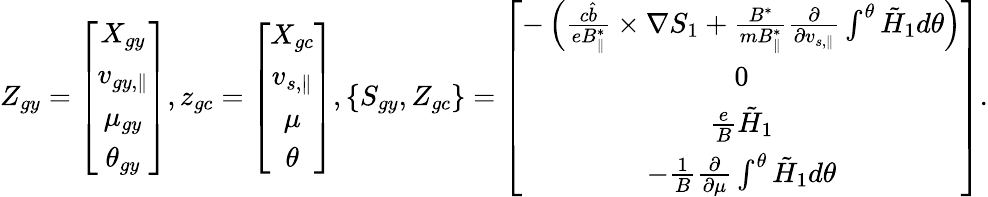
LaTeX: Z_{gy}=\left[\begin{array}{c}{X_{gy}}\\ {v_{gy,\parallel}}\\ {\mu_{gy}}\\ {\theta_{gy}}\end{array}\right],z_{gc}=\left[\begin{array}{c}{X_{gc}}\\ {v_{s,\parallel}}\\ {\mu}\\ {\theta}\end{array}\right],\{ S_{gy},Z_{gc}\} =\left[\begin{array}{c}{-\left(\frac{c\hat{b}}{eB_{\parallel}^{*}}\times\nabla S_{1}+\frac{B^{*}}{mB_{\parallel}^{*}}\frac{\partial}{\partial v_{s,\parallel}}\int^{\theta}\tilde{H}_{1}d\theta\right)}\\ {0}\\ {\frac{e}{B}\tilde{H}_{1}}\\ {-\frac{1}{B}\frac{\partial}{\partial\mu}\int^{\theta}\tilde{H}_{1}d\theta}\end{array}\right].